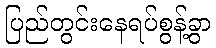
ပြည်တွင်းနေရပ်စွန့်ခွာ